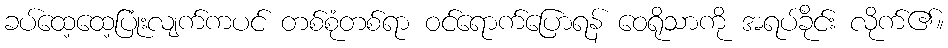
ခပ်ထေ့ထေ့ပြုံးလျက်ကပင် တစ်စုံတစ်ရာ ဝင်ရောက်ပြောရန် ဝေရိုသာကို အရပ်ခိုင်း လိုက်၏။